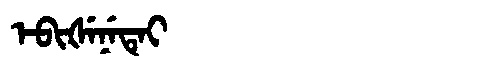
Manchu: ᡝᠪᡳᡧᡝᠨᡝᡨᡝᡳ
Romanization: EBIŠENETEI